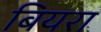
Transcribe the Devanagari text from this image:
बियरा